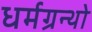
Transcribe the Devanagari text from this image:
धर्मग्रन्थो